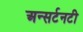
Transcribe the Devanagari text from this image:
अन्सर्टनटी